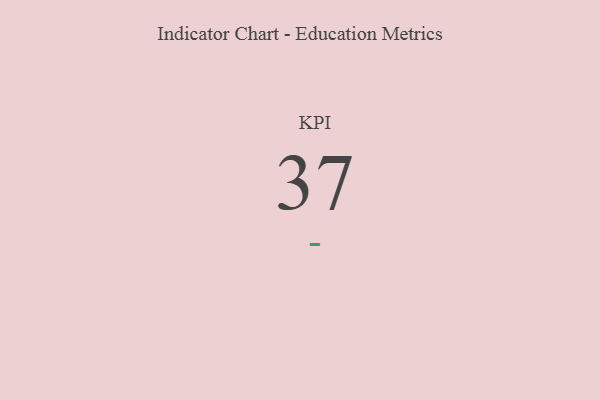
{"axis": {"x": "KPI", "y": "Value"}, "legend": [""], "data": [{"x": "KPI", "y": 37, "type": ""}]}